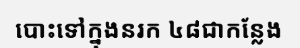
បោះទៅក្នុងនរក ៤៨ជាកន្លែង